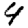
Digit: 4